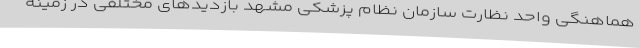
هماهنگی واحد نظارت سازمان نظام پزشکی مشهد بازدیدهای مختلفی در زمینه